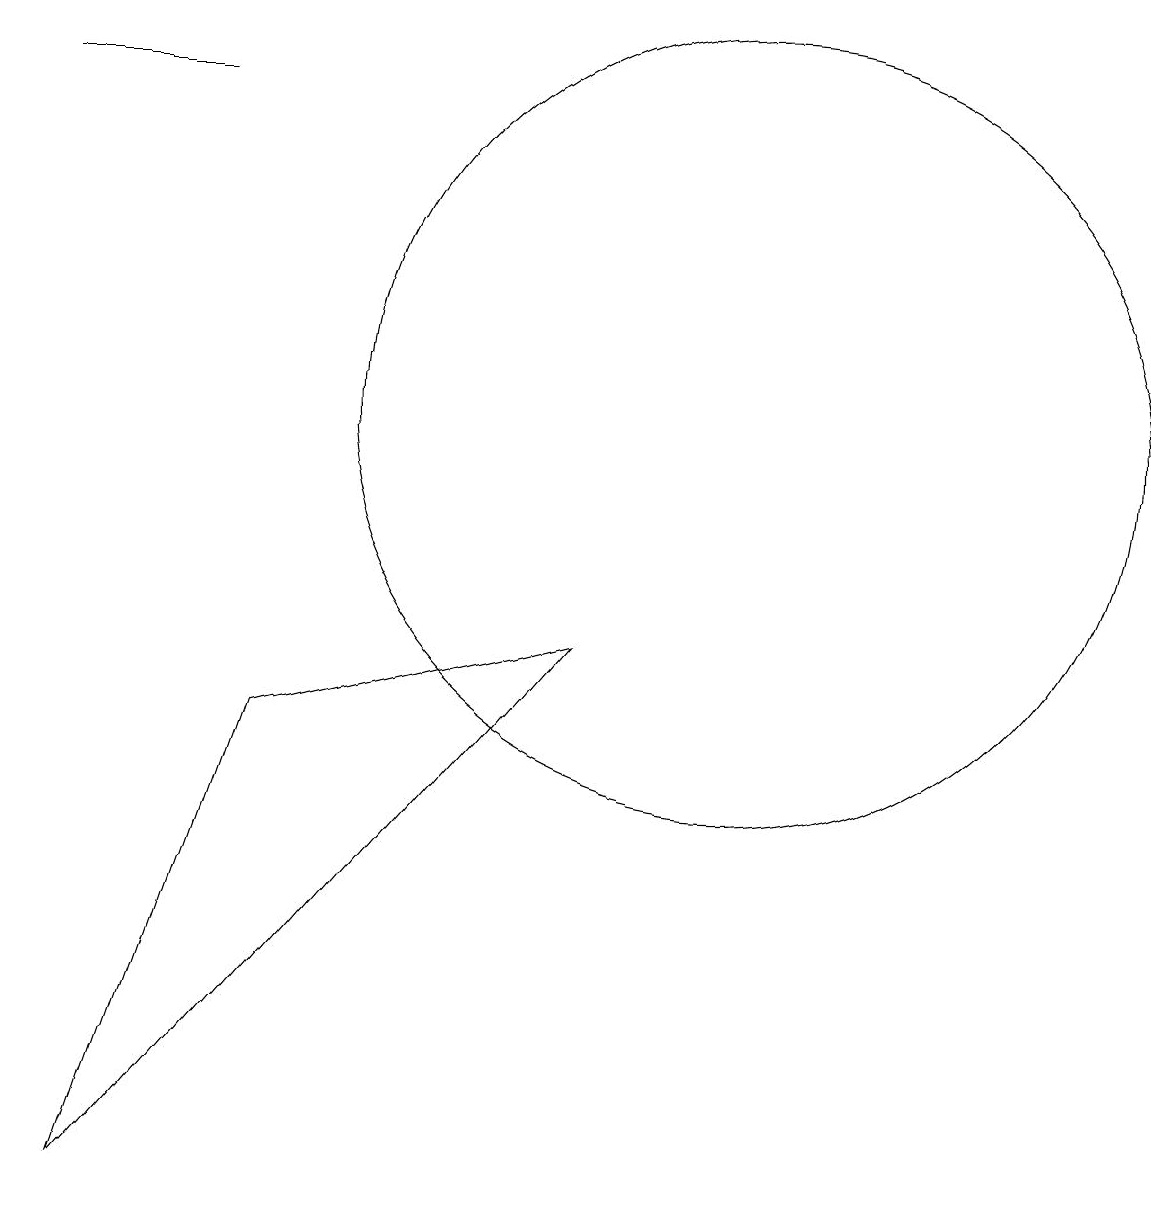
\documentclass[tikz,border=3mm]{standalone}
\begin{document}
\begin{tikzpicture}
\draw (11,11) circle (5);
\draw (2,15) rectangle (4,15);
\draw (5,7) -- (3,1) -- (9,8) -- cycle;
\draw (12,10) circle (0);
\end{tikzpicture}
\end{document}